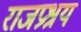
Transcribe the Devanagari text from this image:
राजप्रश्रय